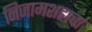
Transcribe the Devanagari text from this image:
निजामशहाचा